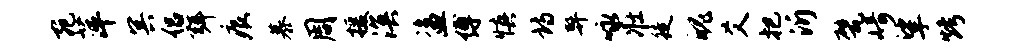
宛萍冥侣弭痕慕周援溟盗缚慎诗弊咏壮徒魄爻把沂甓崎挲烤